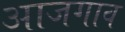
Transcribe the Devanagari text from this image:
आजगाव